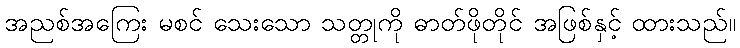
အညစ်အကြေး မစင် သေးသော သတ္တုကို ဓာတ်ဖိုတိုင် အဖြစ်နှင့် ထားသည်။